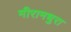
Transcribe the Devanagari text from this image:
मीरामधुरा